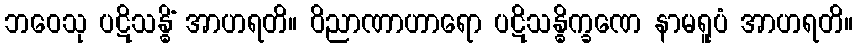
ဘဝေသု ပဋိသန္ဓိံ အာဟရတိ။ ဝိညာဏာဟာရော ပဋိသန္ဓိက္ခဏေ နာမရူပံ အာဟရတိ။